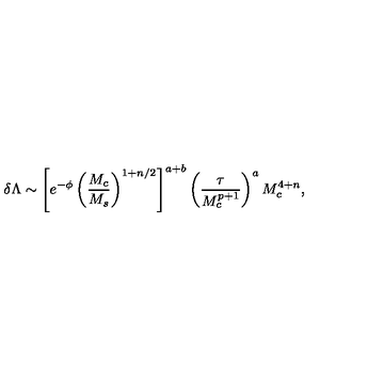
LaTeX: \delta \Lambda \sim \left[ e ^ { - \phi } \left( { \frac { M _ { c } } { M _ { s } } } \right) ^ { 1 + n / 2 } \right] ^ { a + b } \left( { \frac { \tau } { M _ { c } ^ { p + 1 } } } \right) ^ { a } M _ { c } ^ { 4 + n } ,